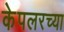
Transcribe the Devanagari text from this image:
केपलरच्या